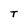
Character: T